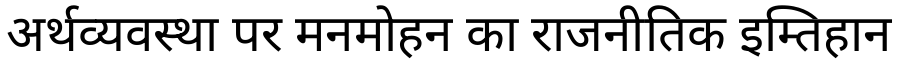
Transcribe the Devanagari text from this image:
अर्थव्यवस्था पर मनमोहन का राजनीतिक इम्तिहान